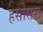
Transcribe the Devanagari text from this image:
हसोसरा